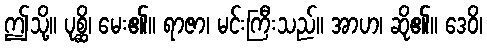
ဤသို့။ ပုစ္ဆိ၊ မေး၏။ ရာဇာ၊ မင်းကြီးသည်။ အာဟ၊ ဆို၏။ ဒေဝိ၊